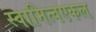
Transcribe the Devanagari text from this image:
स्वामित्वएकल